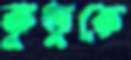
কুণ্ডুকে